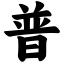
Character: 普